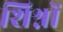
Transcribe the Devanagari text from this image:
शिश्नों